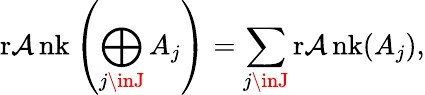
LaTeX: \operatorname{r\mathcal{A}nk}\left(\bigoplus_{j\inJ}A_{j}\right)=\sum_{j\inJ}\operatorname{r\mathcal{A}nk}(A_{j}),